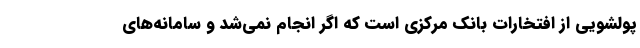
پولشویی از افتخارات بانک مرکزی است که اگر انجام نمی‌شد و سامانه‌های